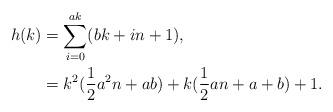
LaTeX: \begin{align*}h(k)&=\sum_{i=0}^{ak}(bk+in+1),\\ &=k^2(\frac{1}{2}a^2n+ab)+k(\frac{1}{2}an+a+b)+1.\end{align*}